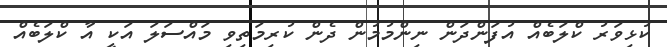
ކުޅިވަރު ކްލަބެއް އުފަންދަން ނިންމުމުން ދެން ކުރިމަތިވި މައްސަލަ އަކީ އާ ކްލަބެއް